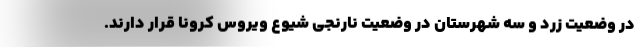
در وضعیت زرد و سه شهرستان در وضعیت نارنجی شیوع ویروس کرونا قرار دارند.